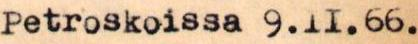
Petroskoissa 9.11.66.